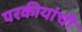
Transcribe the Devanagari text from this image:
परकीयांची